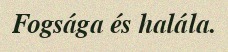
Fogsága és halála.